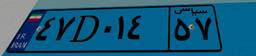
۴۷D۰۱۴۵۷